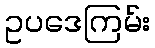
ဥပဒေကြမ်း